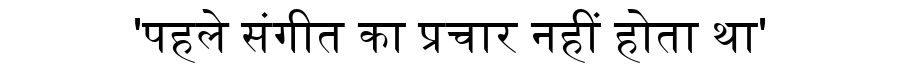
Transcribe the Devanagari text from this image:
'पहले संगीत का प्रचार नहीं होता था'